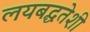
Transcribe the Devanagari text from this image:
लयबद्धतेशी